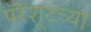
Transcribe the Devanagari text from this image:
पॅरॅशूटच्या